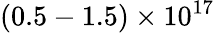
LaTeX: (0.5-1.5)\times 10^{17}